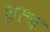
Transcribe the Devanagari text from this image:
घ्नत्व